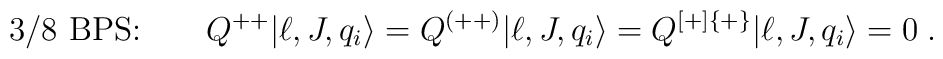
\mbox{3/8 BPS:} \qquad   Q^{++}|\ell, J, q_i\rangle = Q^{(++)}|\ell, J, q_i\rangle =  Q^{[+]\{+\}}|\ell, J, q_i\rangle = 0\;.